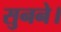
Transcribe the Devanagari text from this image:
सुनने।